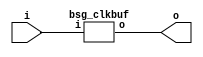


module top
(
  i,
  o
);

  input [15:0] i;
  output [15:0] o;

  bsg_clkbuf
  wrapper
  (
    .i(i),
    .o(o)
  );


endmodule



module bsg_clkbuf
(
  i,
  o
);

  input [15:0] i;
  output [15:0] o;
  wire [15:0] o;
  assign o[15] = i[15];
  assign o[14] = i[14];
  assign o[13] = i[13];
  assign o[12] = i[12];
  assign o[11] = i[11];
  assign o[10] = i[10];
  assign o[9] = i[9];
  assign o[8] = i[8];
  assign o[7] = i[7];
  assign o[6] = i[6];
  assign o[5] = i[5];
  assign o[4] = i[4];
  assign o[3] = i[3];
  assign o[2] = i[2];
  assign o[1] = i[1];
  assign o[0] = i[0];

endmodule